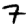
Digit: 7